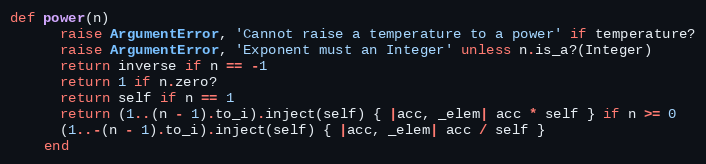
Language: Ruby
def power(n)
      raise ArgumentError, 'Cannot raise a temperature to a power' if temperature?
      raise ArgumentError, 'Exponent must an Integer' unless n.is_a?(Integer)
      return inverse if n == -1
      return 1 if n.zero?
      return self if n == 1
      return (1..(n - 1).to_i).inject(self) { |acc, _elem| acc * self } if n >= 0
      (1..-(n - 1).to_i).inject(self) { |acc, _elem| acc / self }
    end